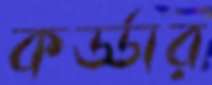
কর্ড্ডার